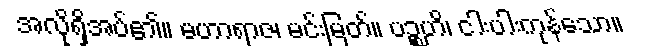
အလိုရှိအပ်၏။ မဟာရာဇ၊ မင်းမြတ်။ ပဉ္စဟိ၊ ငါးပါးကုန်သော။